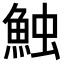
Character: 𩶥